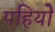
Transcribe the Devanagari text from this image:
पहियोें